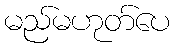
မည်မဟုတ်ပေ